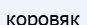
коровяк